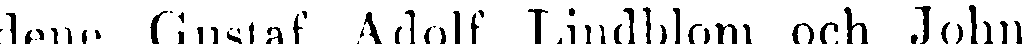
dene Gustaf Adolf Lindblom och John